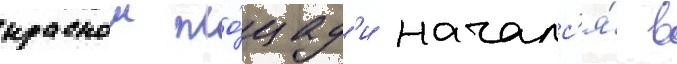
краснои пло́щад'и началс'я́ в